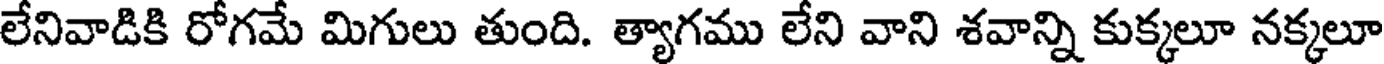
లేనివాడికి రోగమే మిగులు తుంది. త్యాగము లేని వాని శవాన్ని కుక్కలూ నక్కలూ